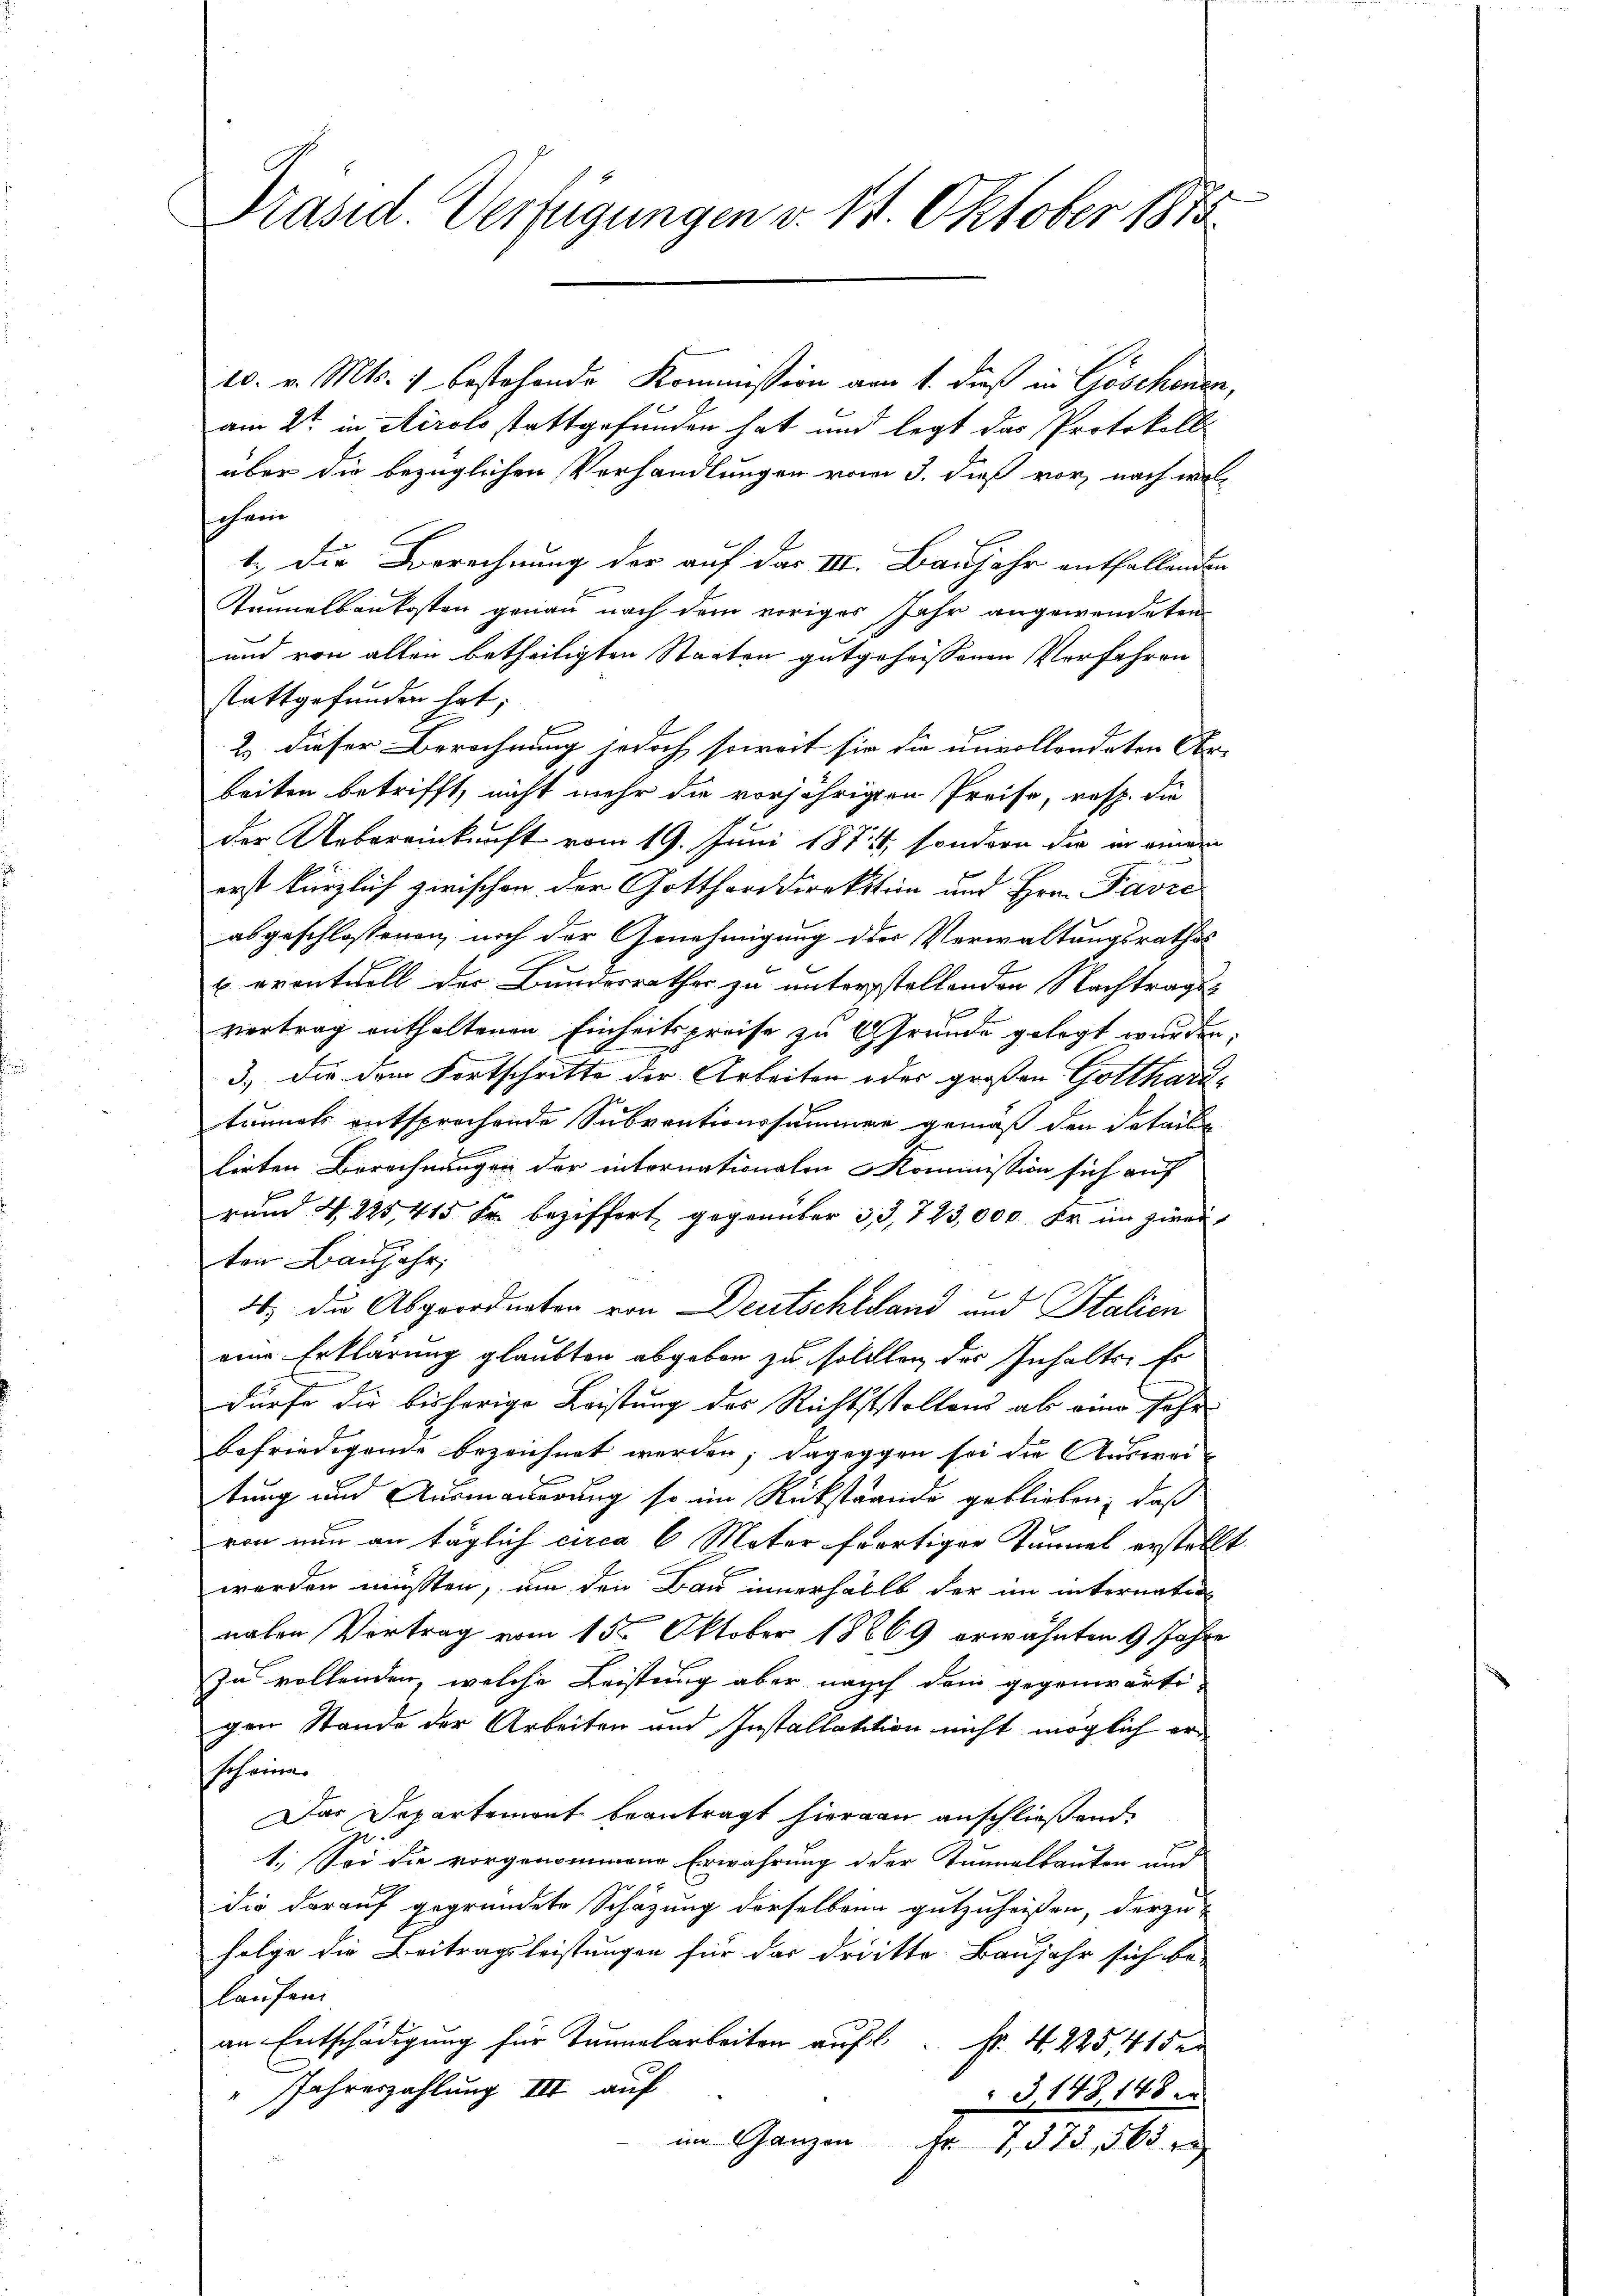
Präsid. Verfügungen v. 11. Oktober 1873.

10. v. Mts. 1 bestehende Kommission am 1. dieß in Göschonen,
am 2te in Airolo stattgefunden hat und legt das Protokoll
über die bezüglichen Vorhandlungen vom 3. dieß vor, nach wolich kein
1., die Berechnung der auf das III. Baujahr entfallenden
Stimmelbaukosten genau nach dem voriges Jahr angewendeten
und von allen betheiligten Staaten gutgeheissenen Verfahren
stattgefunden hat;
2.) Dieser Berechnung jedoch soweit sie die unvollendeten Ar-
beiten betrifft, nicht mehr die vorjährigen Preise, resp. die
der Uebereinkunft vom 19. Juni 1871, sondern die er einden
erst kürzlich zwischen der Gotthardirektion und Hrn. Pavić
abgeschlossenen noch der Genehmigung der Verwaltungsrathes
 eventuell der Bunderrathes zu untersstellenden Nachtrags-
vertrag enthaltenen Einheitspreise zu Grunde gelegt wurden.
3.) Die dem Fortschritte der Arbeiten oder großen Gotthardtunnels entsprochende Subventionssammen gemäß den detail
lirten Berechnungen der internationalen Kommission sich auf
rund 4. 225, 415 Fr. beziffert, gegenüber 33, 723,000 Fr. im zwei-
ten Baŭjahr,
4. die Abgeordneten von Deutschland und Italien
eine Erklärung glaubten abgeben zu solchen der Inhalts: Er
dürfe die bisherige Leistung des Richtststellens ab eine sehr
befriedigende bezeichnet werden; dagegen sei die Auswei
tung und Ausmauerung so im Rückstände geblieben, daß
von nun an täglich circa 6 Meter frortiger Tunnel erstellt.
werden müssten, um den Bau innerhalls der im internation
nahen Vortrag vom 15. Oktober 18869 erwähnten 9 Jahre
zu vollenden, welche Leistung aber nach dem gegenwärtigen Stande der Arbeiten und Installatition nicht möglich erschwere
Das Departemont beantragt hiergan anschließend
1. Sei die vorgenommene Erwährung der Tunnelbauten und
die darauf gegründete Schätzung derselben gutzuheißen, der zu
folge die Beitragsleistungen für das dritte Baujahr sich be-
laufen
an Entschädigung für Tunnelarbeiten auf Fr. 4. 225, 415
Jahreszahlung III auf
im Ganzen Nr. 1873, 565

3,148, 148